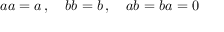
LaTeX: \textstyle a a = a \, , \quad b b = b \, , \quad a b = b a = 0